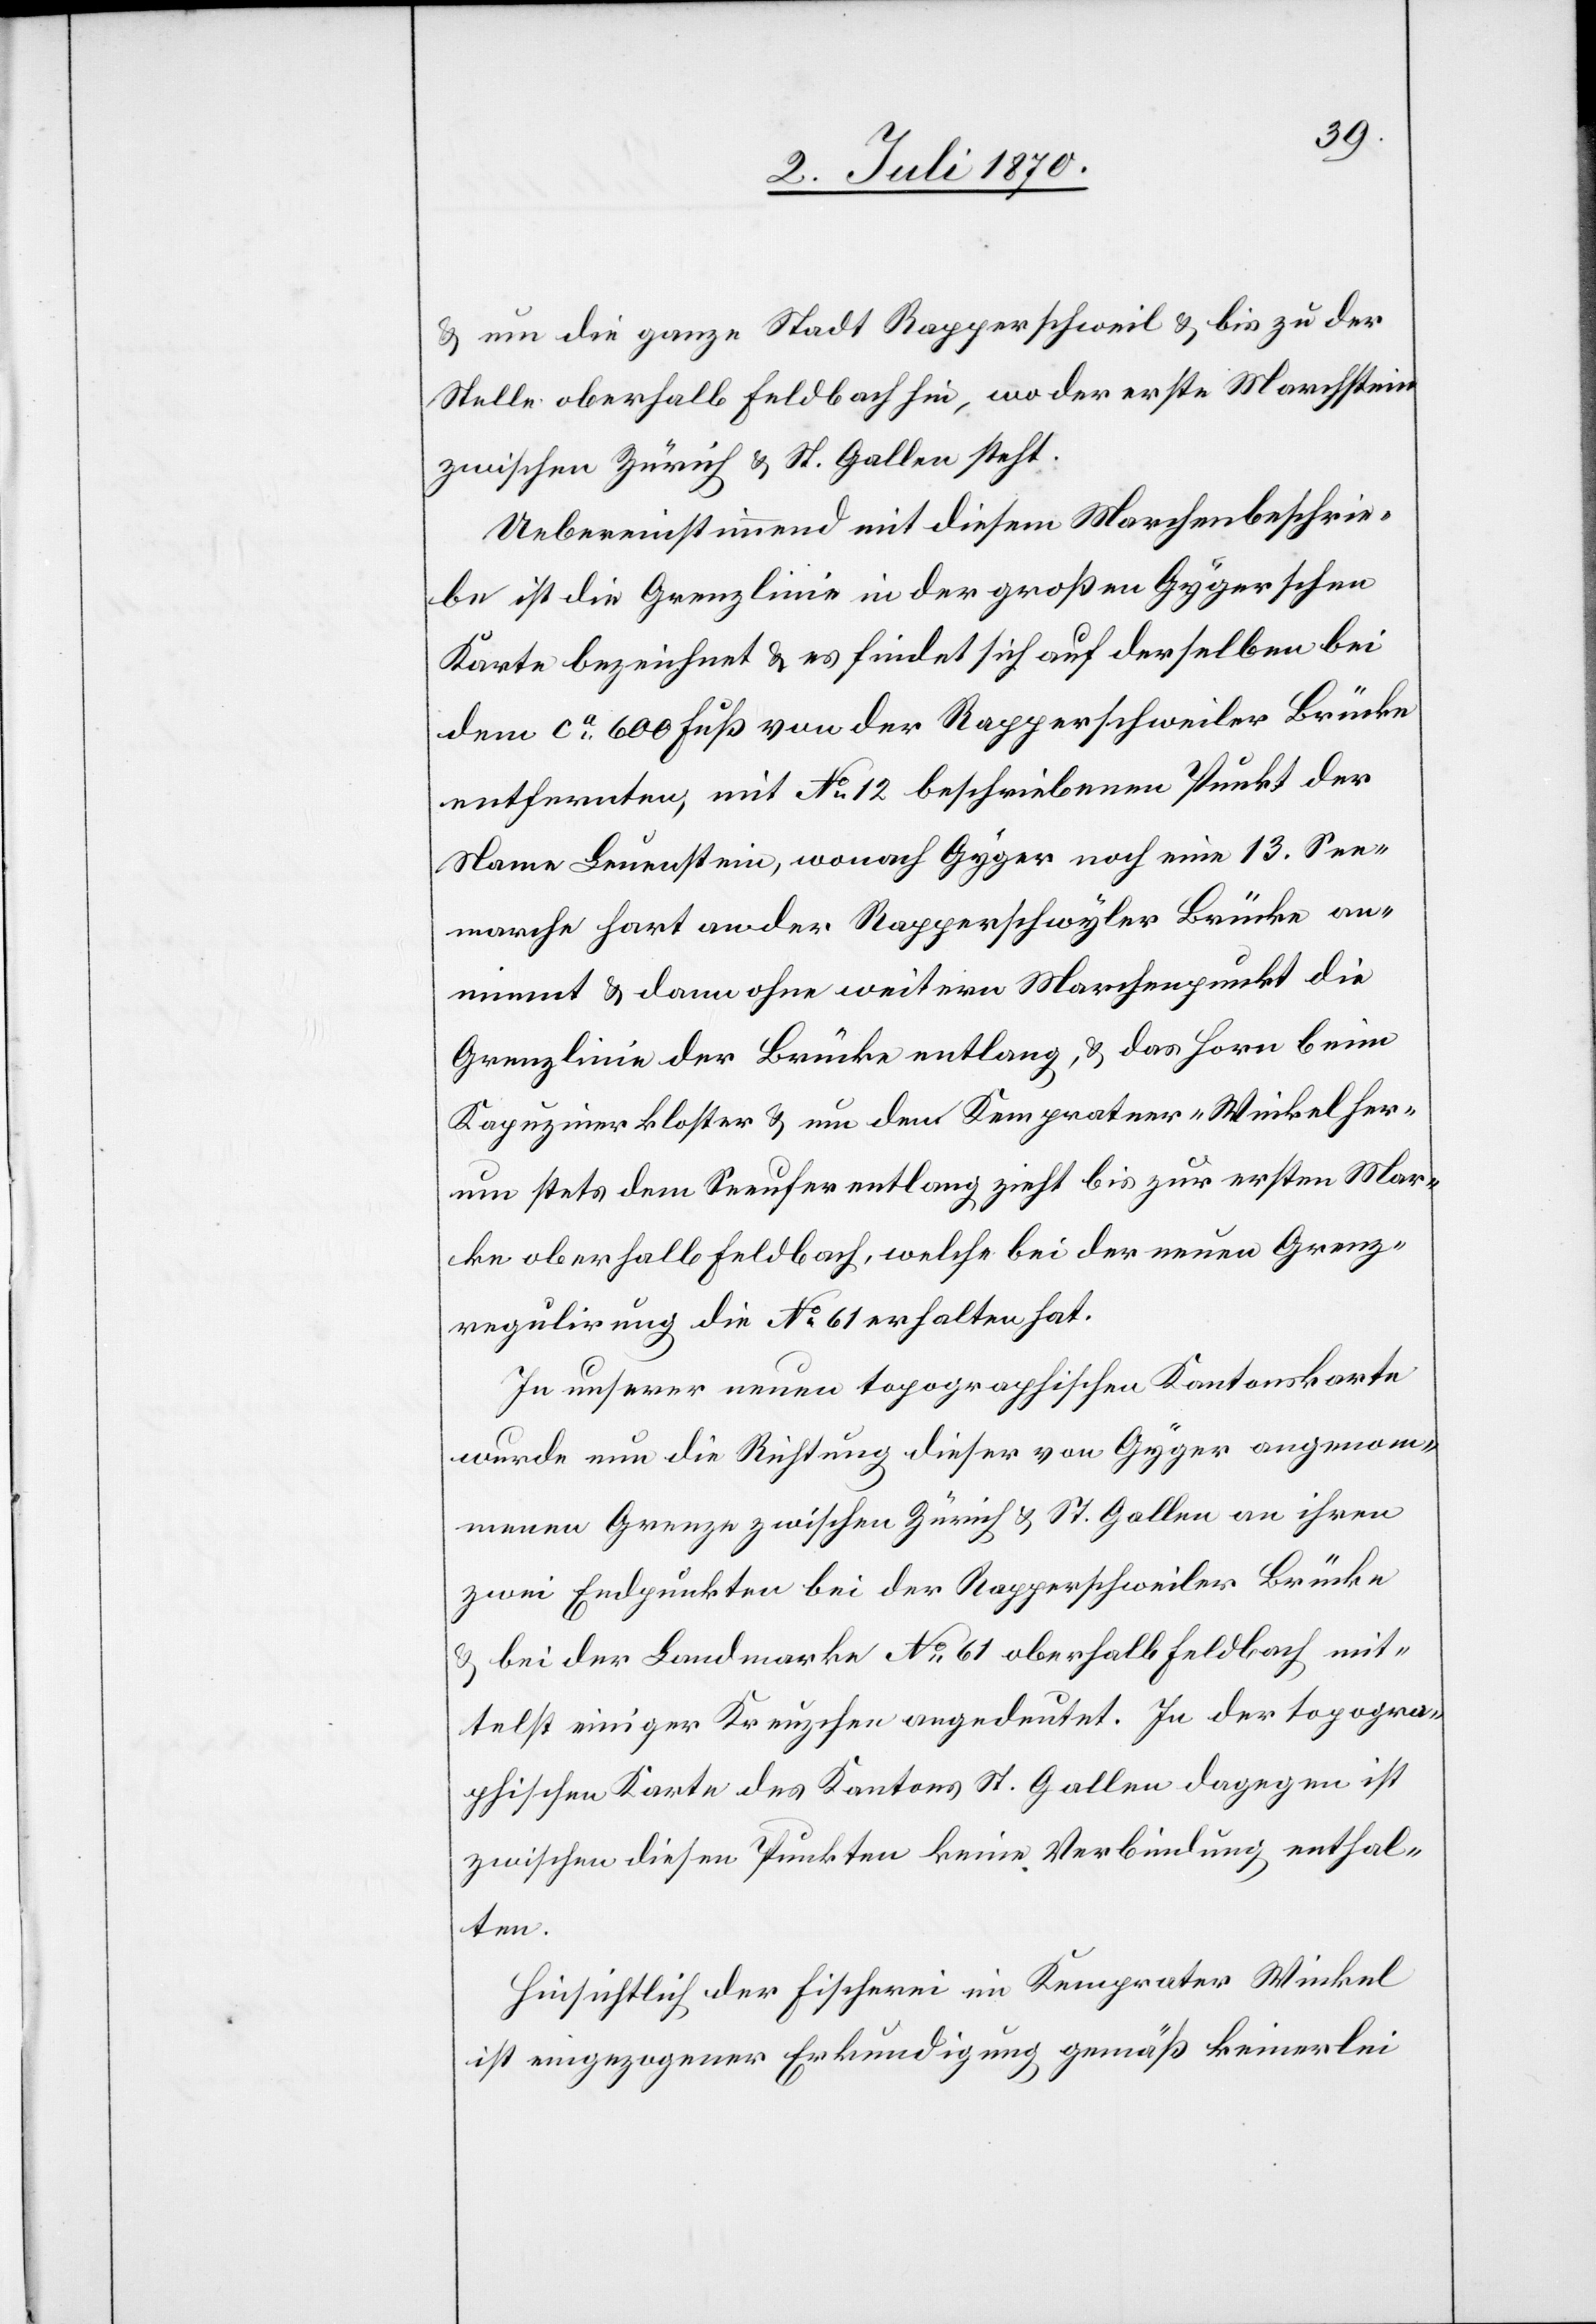
& um die ganze Stadt Rapperschweil & bis zu der
Stelle oberhalb Feldbach hin, wo der erste Marchstein
zwischen Zürich & St. Gallen steht.“
Uebereinstimmend mit diesem Marchenbeschrie¬
be ist die Grenzlinie in der großen Gygerschen
Karte bezeichnet & es findet sich auf derselben bei
dem ca 600 Fuß von der Rapperschweiler Brücke
entfernten, mit No 12 bezeichneten Punkt der
Name Leuenstein, wonach Gyger noch eine 13. See¬
marche hart an der Rapperschwyler Brücke an¬
nimmt & dann ohne weiteren Marchenpunkt die
Grenzlinie der Brücke entlang, & das Horn beim
Kapuzinerkloster & um dem Kempratner-Winkel
um stets dem Seeufer entlang zieht bis zur ersten Mar¬
ke oberhalb Feldbach, welche bei der neuen Grenz¬
regulirung die No 61 erhalten hat.
In unserer neuen topographischen Kantonskarte
wurde nun die Richtung dieser von Gyger angenom¬
menen Grenze zwischen Zürich & St. Gallen an ihren
zwei Endpunkten bei der Rapperschweiler Brücke
& bei der Landmarke No 61 oberhalb Feldbach mit¬
telst einiger Kreuzchen angedeutet. In der topogra¬
phischen Karte des Kantons St. Gallen dagegen ist
zwischen diesen Punkten keine Verbindung enthal¬
ten.
Hinsichtlich der Fischerei im Kemprater [sic!]
ist eingezogener Erkundigung gemäß keinerlei